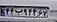
۴۴ب۹۴۴۶۷